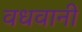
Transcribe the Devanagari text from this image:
वधवानी